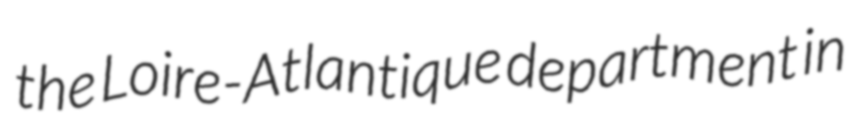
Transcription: the Loire-Atlantique department in